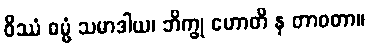
ဝိဿံ ဓမ္မံ သမာဒါယ၊ ဘိက္ခု ဟောတိ န တာဝတာ။